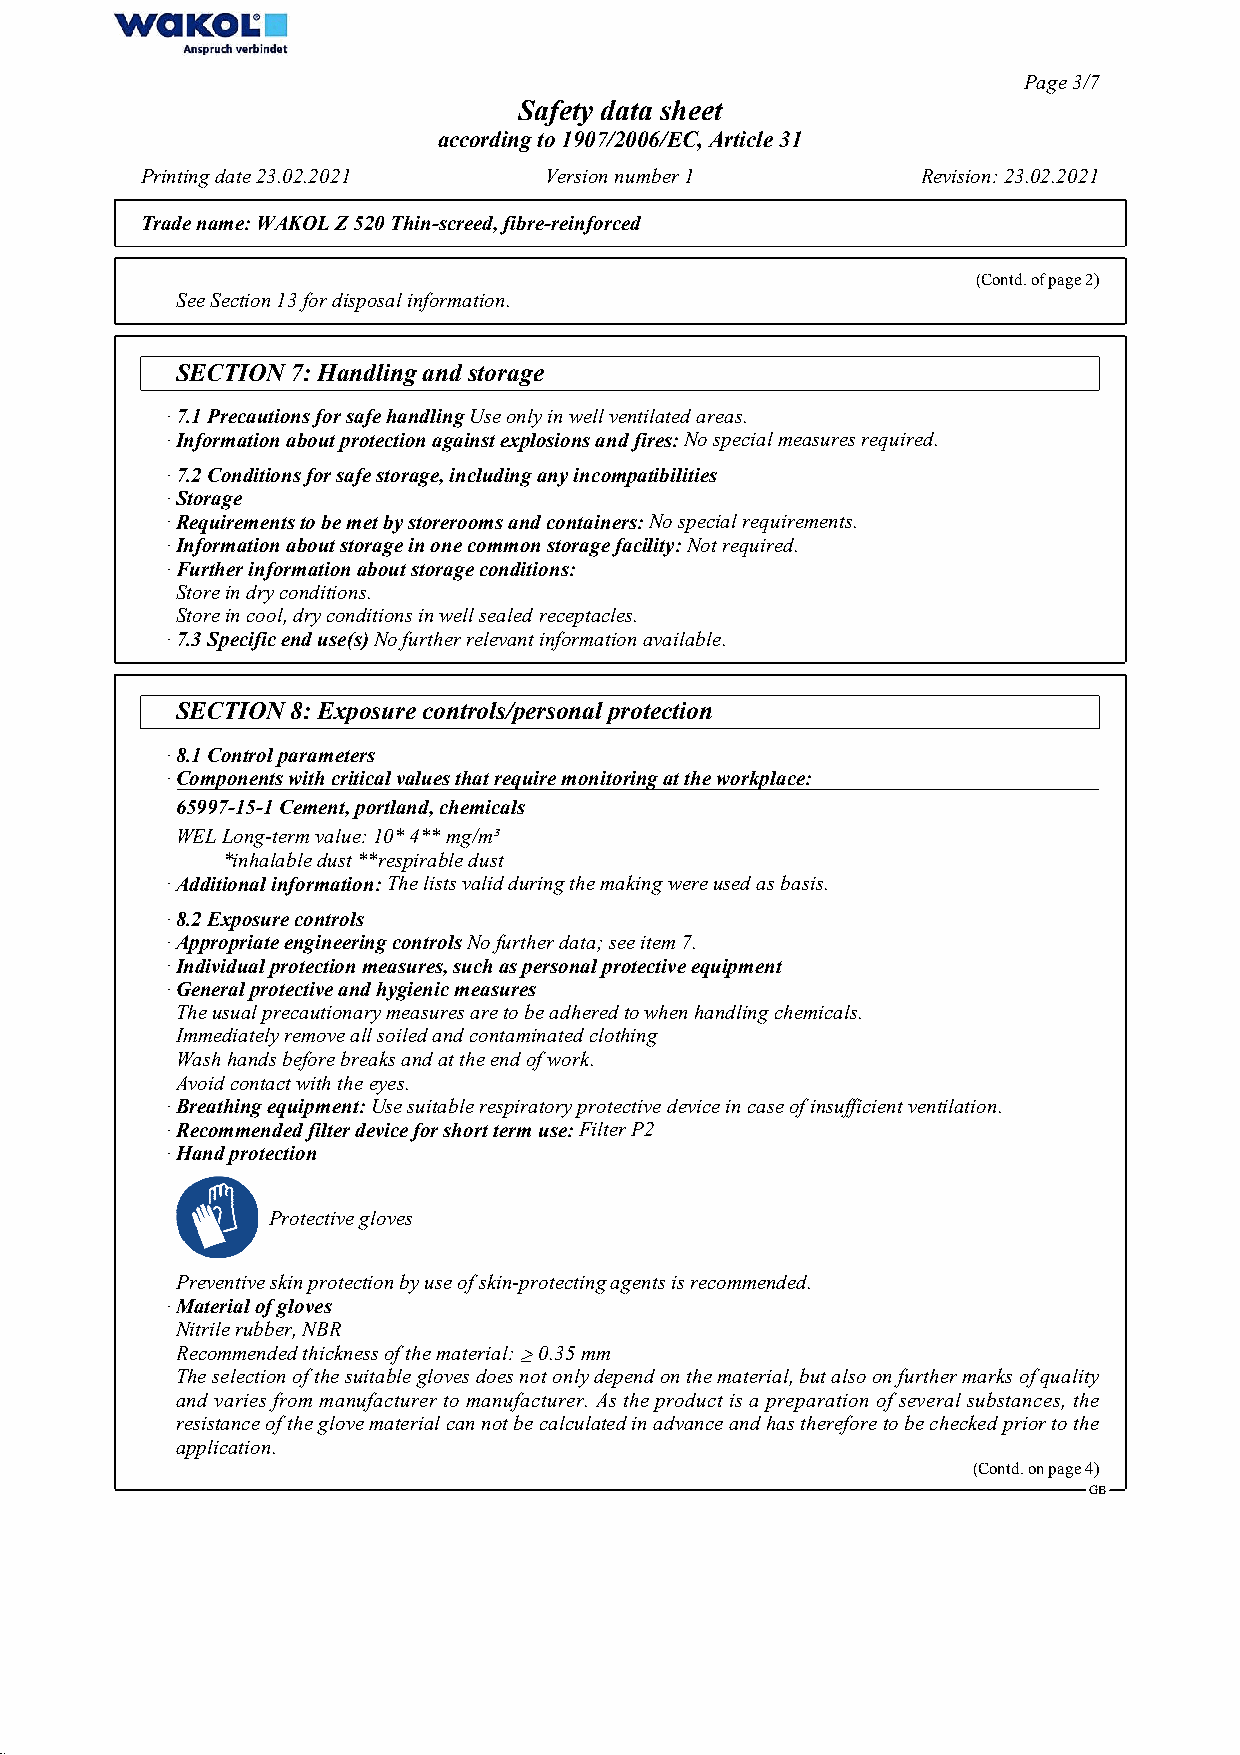
Page 3/7
 Safety data sheet
 according to 1907/2006/EC, Article 31
 Printing date 23.02.2021   Version number 1         Revision: 23.02.2021
 Trade name:WAKOL Z 520 Thin-screed, fibre-reinforced
 (Contd. of page 2)
 See Section 13 for disposal information.
 SECTION 7: Handling and storage
 · 7.1 Precautions for safe handlingUse only in well ventilated areas.
 · Information about protection against explosions and fires:No special measures required.
 · 7.2 Conditions for safe storage, including any incompatibilities
 · Storage
 · Requirements to be met by storerooms and containers:No special requirements.
 · Information about storage in one common storage facility:Not required.
 · Further information about storage conditions:
 Store in dry conditions.
 Store in cool, dry conditions in well sealed receptacles.
 · 7.3 Specific end use(s)No further relevant information available.
 SECTION 8: Exposure controls/personal protection
 · 8.1 Control parameters
 · C o m p o n e n t s w i t h c r i t i c a l v a l u e s t h a t r e q u i r e m o n i t o r i n g a t t h e w o r k p l a c e :
 65997-15-1Cement, portland, chemicals
 WELLong-term value: 10* 4** mg/m³
 *inhalable dust **respirable dust
 · Additional information:The lists valid during the making were used as basis.
 · 8.2 Exposure controls
 · Appropriate engineering controlsNo further data; see item 7.
 · Individual protection measures, such as personal protective equipment
 · General protective and hygienic measures
 The usual precautionary measures are to be adhered to when handling chemicals.
 Immediately remove all soiled and contaminated clothing
 Wash hands before breaks and at the end of work.
 Avoid contact with the eyes.
 · Breathing equipment:Use suitable respiratory protective device in case of insufficient ventilation.
 · Recommended filter device for short term use:Filter P2
 · Hand protection
 Protective gloves
 Preventive skin protection by use of skin-protecting agents is recommended.
 · Material of gloves
 Nitrile rubber, NBR
 Recommended thickness of the material: ≥ 0.35 mm
 The selection of the suitable gloves does not only depend on the material, but also on further marks of quality
 and varies from manufacturer to manufacturer. As the product is a preparation of several substances, the
 resistance of the glove material can not be calculated in advance and has therefore to be checked prior to the
 application.
 (Contd. on page 4)
 GB
 52.1.2.1